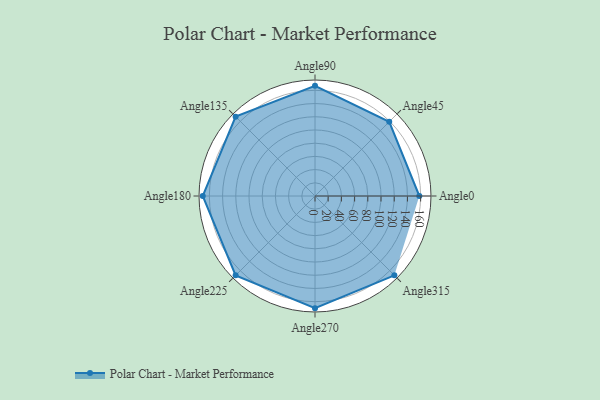
{"axis": {"x": "Angle", "y": "Radius"}, "legend": [""], "data": [{"x": "Angle0", "y": 158.0, "type": ""}, {"x": "Angle45", "y": 159.0, "type": ""}, {"x": "Angle90", "y": 167.0, "type": ""}, {"x": "Angle135", "y": 170, "type": ""}, {"x": "Angle180", "y": 170, "type": ""}, {"x": "Angle225", "y": 170, "type": ""}, {"x": "Angle270", "y": 170, "type": ""}, {"x": "Angle315", "y": 170, "type": ""}]}